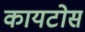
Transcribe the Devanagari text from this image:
कायटोस